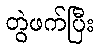
တွဲဖက်ပြီး